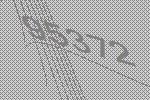
95372